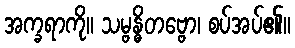
အက္ခရာကို။ သမ္ဗန္ဓိတဗ္ဗော၊ စပ်အပ်၏။